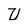
Character: U